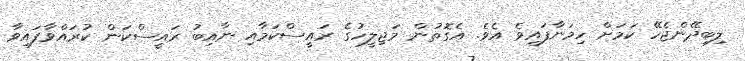
ލިބިދޭންޖެހޭ ކަމަށް ހިމަނާފައިވެ އެވެ. އެގޮތުން މަޖިލީހުގެ ރައީސްކަމާއި ނާއިބު ރައީސްކަން ކުރައްވާފައިވާ